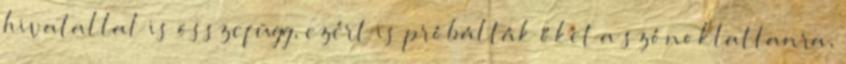
hivatallal is összefügg, ezért is próbálták őket a szónoklattanra,